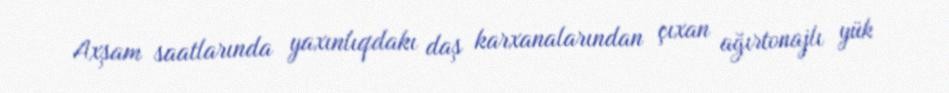
Axşam saatlarında yaxınlıqdakı daş karxanalarından çıxan ağırtonajlı yük